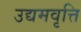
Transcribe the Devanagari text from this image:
उद्यमवृत्ति